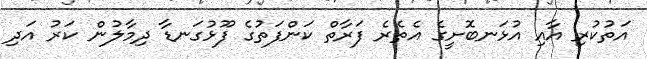
އަތުކުރި އާއި އުޅަނބޮށީގެ އެތެރެ ފަރާތް ކަންފަތުގެ ފޫޅުގަނޑާ ދިމާލުން ކަރު އަދި